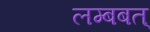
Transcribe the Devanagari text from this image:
लम्बबत्